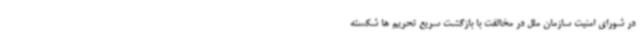
در شورای امنیت سازمان ملل در مخالفت با بازگشت سریع تحریم ها شکسته